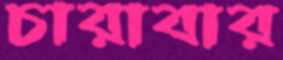
চারাবার